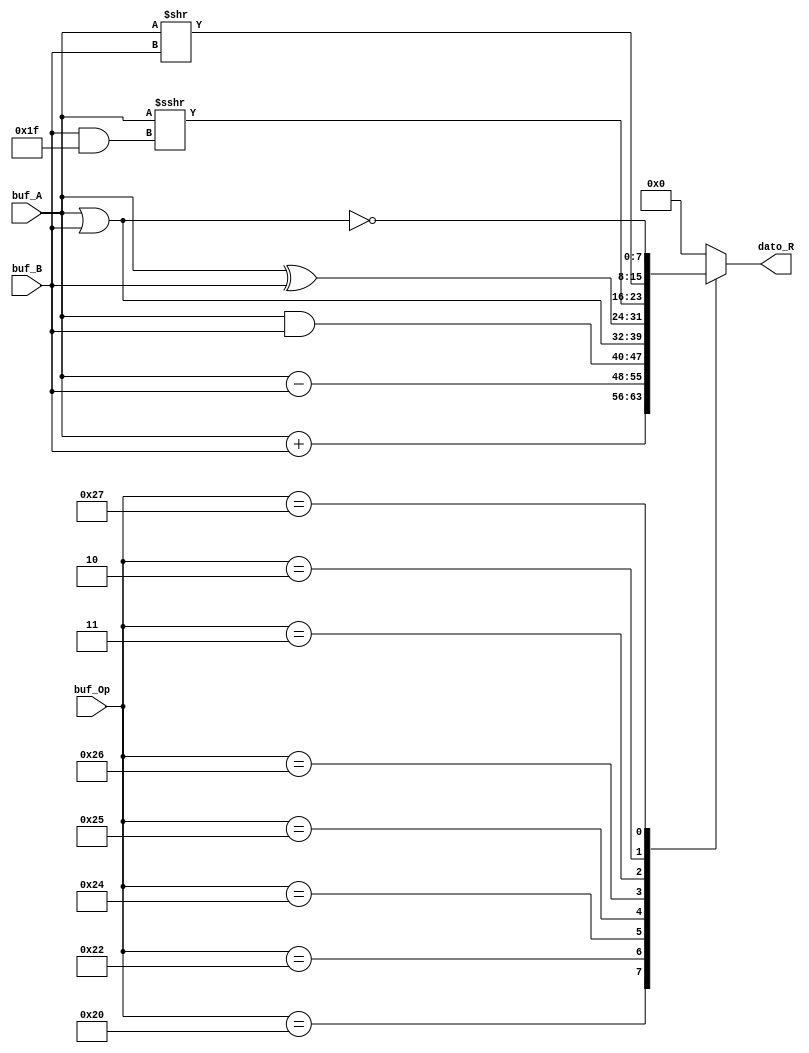
module bloque_ALU
#(parameter nbits = 8) // Parametros externos, de instanciacion
(buf_A, buf_B, buf_Op, dato_R); // cambiar a buf_R en forma 1

// Parametros internos
localparam msb = nbits-1;// bit mas significativo

// Entradas de ALU
input wire signed[msb:0] buf_A, buf_B;
input wire [5:0] buf_Op;

// Salida de ALU
//output wire signed [msb:0] buf_R; // puede ser reg dato_R para forma 2.

// Circuito puramente combinacional forma 1:
//		assign buf_R = (buf_Op==`ADD) ? buf_A+buf_B:// ADD
//							(buf_Op==`SUB) ? buf_A-buf_B:// SUB
//							(buf_Op==`AND) ? buf_A&buf_B:// AND
//							(buf_Op==`OR) ? buf_A|buf_B://OR	
//							(buf_Op==`XOR) ? buf_A^buf_B:// XOR
//							(buf_Op==`SRA & buf_A[msb]== 1) ? buf_A >>> (buf_B&8'b00011111): // SRA -> Se Se realiza ANDing para no superar 31 avances
//							(buf_Op==`SRA & buf_A[msb]== 0) ? buf_A >> (buf_B&8'b00011111):
//							(buf_Op==`SRL) ? {0,buf_A} >> buf_B:// SRL
//							(buf_Op==`NOR) ? ~(buf_A|buf_B): 0;// NOR

// Circuito puramente combinacional forma 2:
// con
// Salida de ALU
output reg [msb:0] dato_R;

always@(*)
begin
	case(buf_Op)
		6'b100000: dato_R = buf_A+buf_B;// ADD
		6'b100010: dato_R = buf_A-buf_B;// SUB
		6'b100100: dato_R = buf_A&buf_B;// AND
		6'b100101: dato_R = buf_A|buf_B;//OR	
		6'b100110: dato_R = buf_A^buf_B;// XOR
		6'b000011: dato_R = buf_A >>> (buf_B&8'b00011111); // SRA -> Se Se realiza ANDing para no superar 31
		6'b000010: dato_R = {0,buf_A} >> buf_B;//buf_B;// SRL
		6'b100111: dato_R = ~(buf_A|buf_B);// NOR
		default: dato_R = 0;
	endcase
end

endmodule